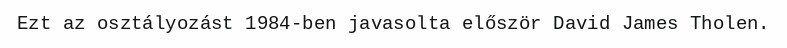
Ezt az osztályozást 1984-ben javasolta először David James Tholen.